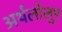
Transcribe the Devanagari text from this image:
अर्थलोलुप